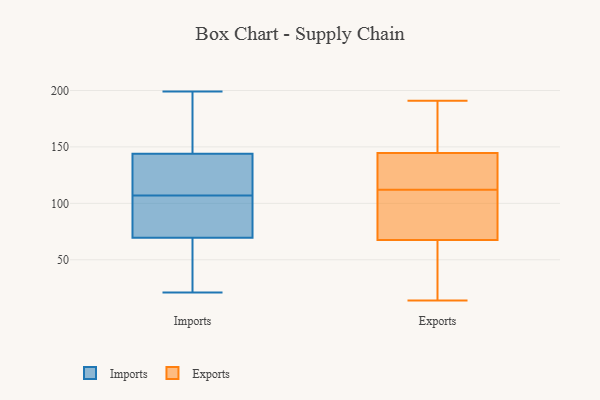
{"axis": {"x": "Conversion Rate (%)", "y": "Value"}, "legend": ["Exports", "Imports"], "data": [{"x": "", "y": 147, "type": "Imports"}, {"x": "", "y": 55, "type": "Imports"}, {"x": "", "y": 173, "type": "Imports"}, {"x": "", "y": 187, "type": "Imports"}, {"x": "", "y": 141, "type": "Imports"}, {"x": "", "y": 21, "type": "Imports"}, {"x": "", "y": 95, "type": "Imports"}, {"x": "", "y": 57, "type": "Imports"}, {"x": "", "y": 123, "type": "Imports"}, {"x": "", "y": 199, "type": "Imports"}, {"x": "", "y": 115, "type": "Imports"}, {"x": "", "y": 80, "type": "Imports"}, {"x": "", "y": 117, "type": "Imports"}, {"x": "", "y": 89, "type": "Imports"}, {"x": "", "y": 99, "type": "Imports"}, {"x": "", "y": 59, "type": "Imports"}, {"x": "", "y": 22, "type": "Exports"}, {"x": "", "y": 82, "type": "Exports"}, {"x": "", "y": 121, "type": "Exports"}, {"x": "", "y": 149, "type": "Exports"}, {"x": "", "y": 162, "type": "Exports"}, {"x": "", "y": 77, "type": "Exports"}, {"x": "", "y": 58, "type": "Exports"}, {"x": "", "y": 128, "type": "Exports"}, {"x": "", "y": 109, "type": "Exports"}, {"x": "", "y": 115, "type": "Exports"}, {"x": "", "y": 80, "type": "Exports"}, {"x": "", "y": 153, "type": "Exports"}, {"x": "", "y": 22, "type": "Exports"}, {"x": "", "y": 191, "type": "Exports"}, {"x": "", "y": 14, "type": "Exports"}, {"x": "", "y": 140, "type": "Exports"}]}